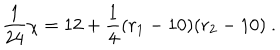
LaTeX: { \frac { 1 } { 2 4 } } \chi = 1 2 + { \frac { 1 } { 4 } } ( r _ { 1 } - 1 0 ) ( r _ { 2 } - 1 0 ) ~ .